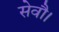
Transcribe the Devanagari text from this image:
सेवाै।